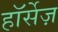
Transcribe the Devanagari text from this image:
हॉर्सेज़